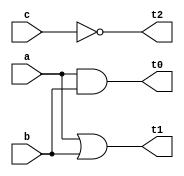
module gates(a,b,c,t0,t1,t2);	// start of module gates with following variables
	input a,b,c;		// the inputs to the given circuit are a,b,c
	output t0,t1,t2;	//the outputs from the gates are t0,t1,t2
	and ag(t0,a,b);	// and gate ag takes input a,b and gives output t0
	or og(t1,a,b);	// or gate og takes input a,b and gives output t1
	not notg(t2,c);	// not gate notg takes c as input and gives output t2
endmodule			//end of the module

module testbench;		//start of testbench
	reg a,b,c;   //a,b,c are data storage elements , synthesized to combinational circuit
	wire t0,t1,t2;    	//t0,t1,t2 are assigned to be connected
	gates g(a,b,c,t0,t1,t2);
	initial				//initial processes execute only once
	begin
	     $dumpfile("program1.vcd"); //Level set to 0 implies that all variables of module
	     $dumpvars(0,testbench);  //into the gates.vcd file(to show output in gtkwave)
	      a = 1'b0 ; b= 1'b0 ; c= 1'b0;	    //for the first 20ns inputs a,b,c are given values
	      #20				       //0,0,1 represented by a single bit
	      a = 1'b0 ; b= 1'b1 ; c= 1'b0;	    
	      #20				     
	      a = 1'b1 ; b= 1'b0 ; c= 1'b0;	    
	      #20
	      a = 1'b1 ; b= 1'b1 ; c= 1'b0;	    
	      #20
	      a = 1'b0 ; b= 1'b0 ; c= 1'b1;	    
	      #20
	      a = 1'b0 ; b= 1'b0 ; c= 1'b0;	    
	      #20
	      $finish;				    
	end					     
endmodule